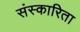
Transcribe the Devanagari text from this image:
संस्कारिता